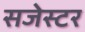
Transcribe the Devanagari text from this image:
सजेस्टर